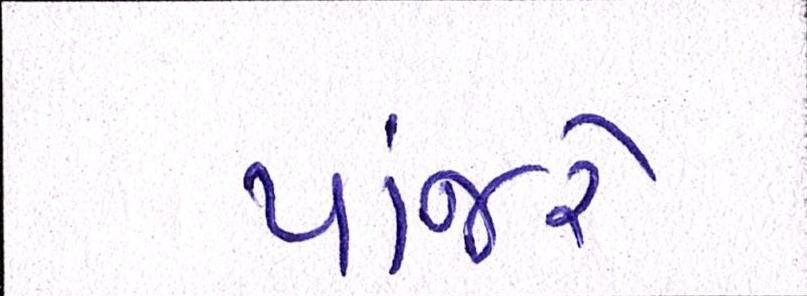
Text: પાંજરે